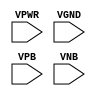
module sky130_fd_sc_ms__fill (
    VPWR,
    VGND,
    VPB ,
    VNB
);

    input VPWR;
    input VGND;
    input VPB ;
    input VNB ;
endmodule